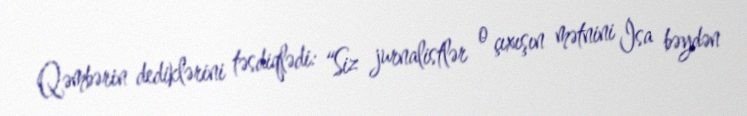
Qəmbərin dediklərini təsdiqlədi: “Siz jurnalistlər o çıxışın mətnini İsa bəydən